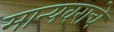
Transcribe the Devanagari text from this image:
मान्यवराचे